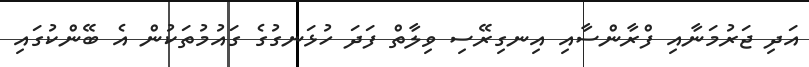
އަދި ޖަރުމަނާއި ފްރާންސާއި އިނގިރޭސި ވިލާތް ފަދަ ހުޅަނގުގެ ގައުމުތަކުން އެ ބޭންކުގައި